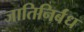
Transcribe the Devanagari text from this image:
जातिनिर्बंध